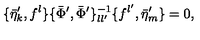
\{ \bar { \eta } _ { k } ^ { \prime } , f ^ { l } \} \{ \bar { \Phi } ^ { \prime } , \bar { \Phi } ^ { \prime } \} _ { l l ^ { \prime } } ^ { - 1 } \{ f ^ { l ^ { \prime } } , \bar { \eta } _ { m } ^ { \prime } \} = 0 ,